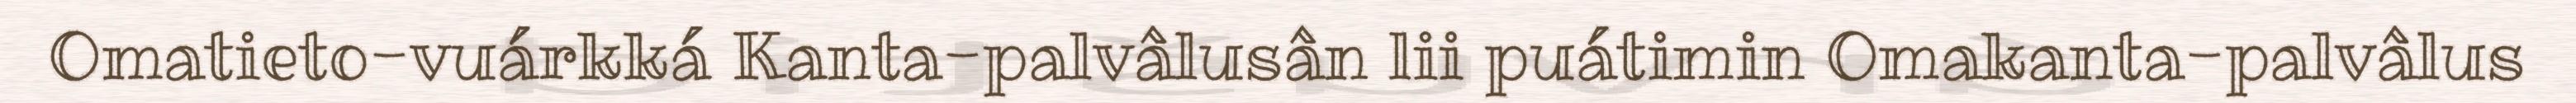
Omatieto-vuárkká Kanta-palvâlusân lii puátimin Omakanta-palvâlus